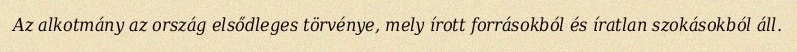
Az alkotmány az ország elsődleges törvénye, mely írott forrásokból és íratlan szokásokból áll.